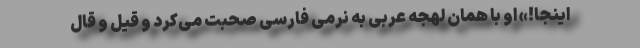
اینجا!» او با همان لهجه عربی به نرمی فارسی صحبت می‌کرد و قیل و قال